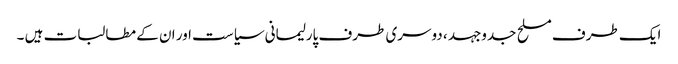
ایک طرف مسلح جدوجہد ، دوسری طرف پارلیمانی سیاست اور ان کے مطالبات ہیں ۔